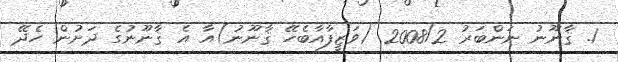
1. ޤާނޫނު ނަންބަރު 2008/2 (ވަޒީފާއާބެހޭ ޤާނޫނު)އާ އެ ޤާނޫނުގެ ދަށުން ހެދޭ